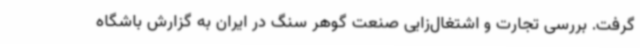
گرفت. بررسی تجارت و اشتغال‌زایی صنعت گوهر سنگ در ایران به گزارش باشگاه